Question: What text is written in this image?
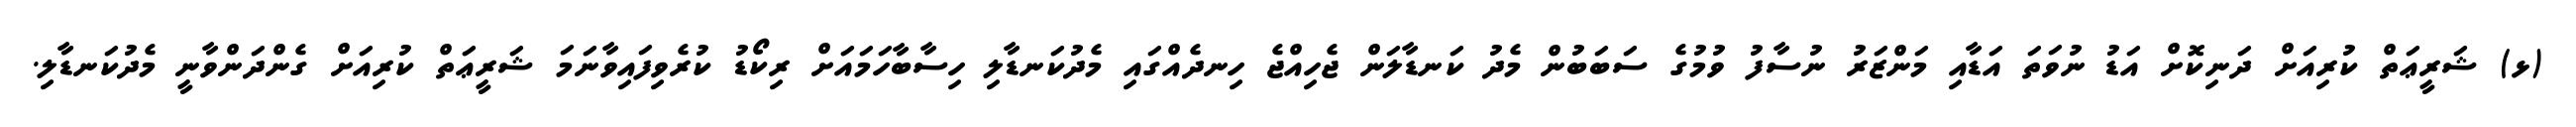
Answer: (ޅ) ޝަރީޢަތް ކުރިއަށް ދަނިކޮށް އަޑު ނުވަތަ އަޑާއި މަންޒަރު ނުސާފު ވުމުގެ ސަބަބުން މެދު ކަނޑާލަން ޖެހިއްޖެ ހިނދެއްގައި މެދުކަނޑާލި ހިސާބާހަމައަށް ރިކޯޑު ކުރެވިފައިވާނަމަ ޝަރީޢަތް ކުރިއަށް ގެންދަންވާނީ މެދުކަނޑާލި.